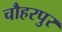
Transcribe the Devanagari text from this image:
चौहरपुर